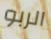
الربو